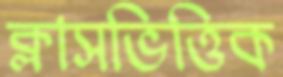
ক্লাসভিত্তিক